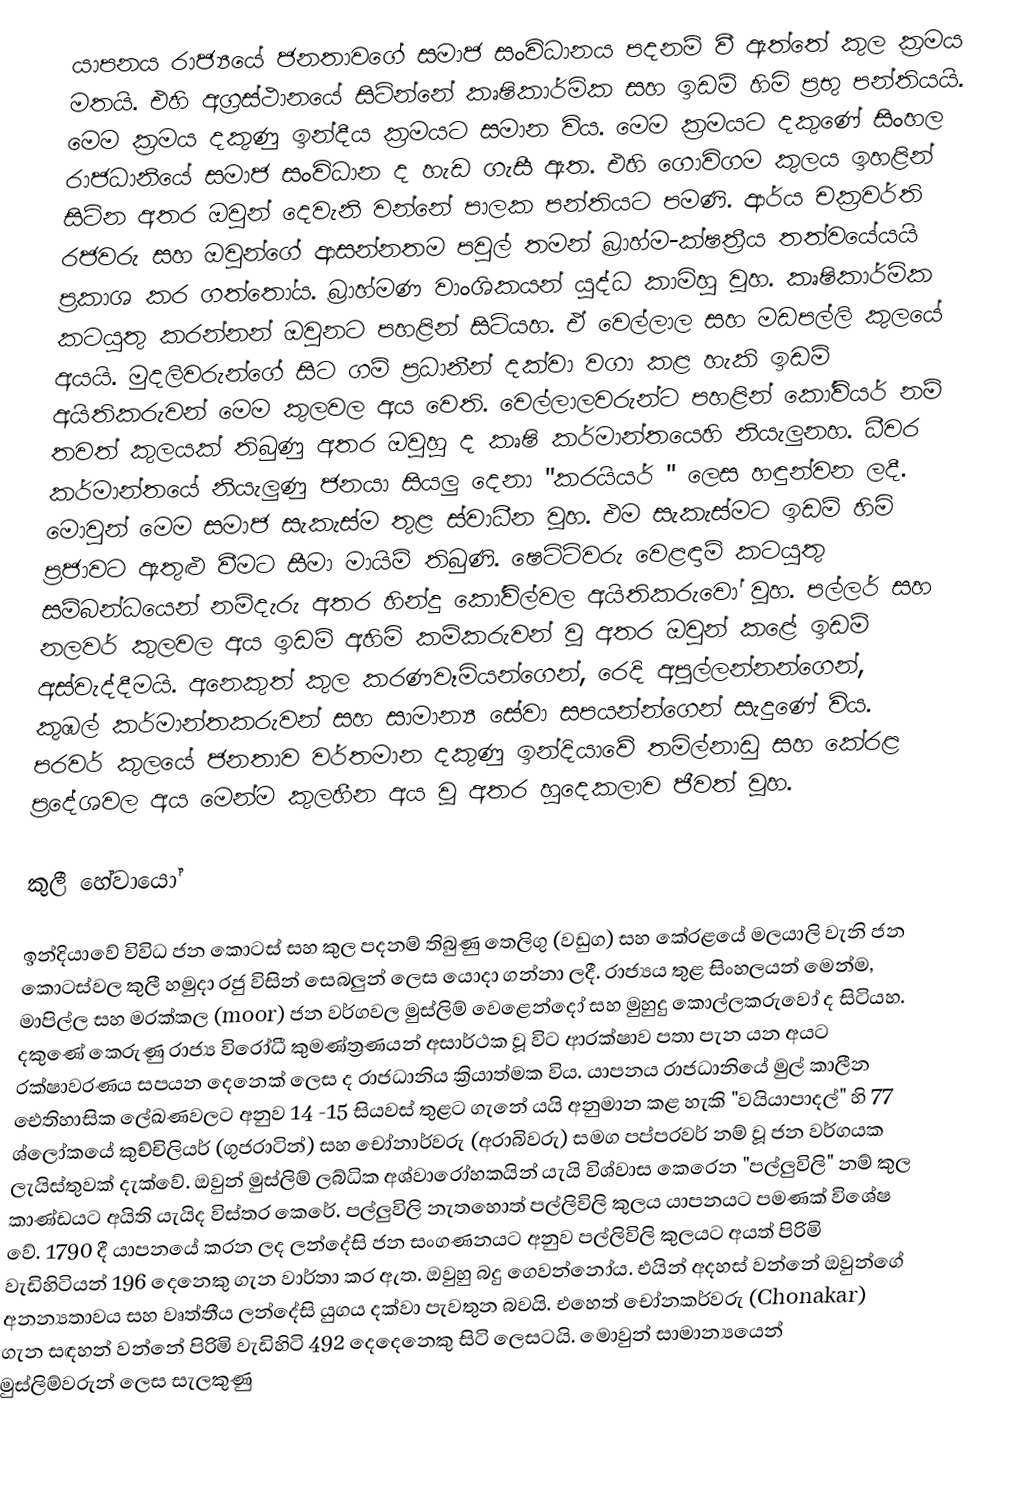
යාපනය රාජ්‍යයේ ජනතාවගේ සමාජ සංවිධානය පදනම් වී ඇත්තේ කුල ක්‍රමය මතයි. එහි අග්‍රස්ථානයේ සිටින්නේ කෘෂිකාර්මික සහ ඉඩම් හිමි ප්‍රභු පන්තියයි. මෙම ක්‍රමය දකුණු ඉන්දීය ක්‍රමයට සමාන විය. මෙම ක්‍රමයට දකුණේ සිංහල රාජධානියේ සමාජ සංවිධාන ද හැඩ ගැසී ඇත. එහි ගොවිගම කුලය ඉහළින් සිටින අතර ඔවුන් දෙවැනි වන්නේ පාලක පන්තියට පමණි. ආර්ය චක්‍රවර්ති රජවරු සහ ඔවුන්ගේ ආසන්නතම පවුල් තමන් බ්‍රාහ්ම-ක්ෂත්‍රීය තත්වයේයයි ප්‍රකාශ කර ගත්තෝය. බ්‍රාහ්මණ වාංශිකයන් යුද්ධ කාමිහු වූහ. කෘෂිකාර්මික කටයුතු කරන්නන් ඔවුනට පහළින් සිටියහ. ඒ වෙල්ලාල සහ මඩපල්ලි කුලයේ අයයි. මුදලිවරුන්ගේ සිට ගම් ප්‍රධානීන් දක්වා වගා කළ හැකි ඉඩම් අයිතිකරුවන් මෙම කුලවල අය වෙති. වෙල්ලාලවරුන්ට පහළින් කෝවියර් නම් තවත් කුලයක් තිබුණු අතර ඔවුහු ද කෘෂි කර්මාන්තයෙහි නියැලුනහ. ධීවර කර්මාන්තයේ නියැලුණු ජනයා සියලු දෙනා "කරයියර් " ලෙස හඳුන්වන ලදී. මොවුන් මෙම සමාජ සැකැස්ම තුළ ස්වාධීන වූහ. එම සැකැස්මට ඉඩම් හිමි ප්‍රජාවට ඇතුළු වීමට සීමා මායිම් තිබුණි. ෂෙට්ටිවරු වෙළඳාම් කටයුතු සම්බන්ධයෙන් නම්දැරු අතර හින්දු කෝවිල්වල අයිතිකරුවෝ වූහ. පල්ලර් සහ නලවර් කුලවල අය ඉඩම් අහිමි කම්කරුවන් වූ අතර ඔවුන් කළේ ඉඩම් අස්වැද්දීමයි. අනෙකුත් කුල කරණවෑමියන්ගෙන්, රෙදි අපුල්ලන්නන්ගෙන්, කුඹල් කර්මාන්තකරුවන් සහ සාමාන්‍ය සේවා සපයන්න්ගෙන් සැදුණේ විය. පරවර් කුලයේ ජනතාව වර්තමාන දකුණු ඉන්දියාවේ තමිල්නාඩු සහ කේරළ ප්‍රදේශවල අය මෙන්ම කුලහීන අය වූ අතර හුදෙකලාව ජීවත් වූහ.

කුලී හේවායෝ

ඉන්දියාවේ විවිධ ජන කොටස් සහ කුල පදනම් තිබුණු තෙලිගු (වඩුග) සහ කේරළයේ මලයාලි වැනි ජන කොටස්වල කුලී හමුදා රජු විසින් සෙබලුන් ලෙස යොදා ගන්නා ලදී. රාජ්‍යය තුළ සිංහලයන් මෙන්ම, මාපිල්ල සහ මරක්කල (moor) ජන වර්ගවල මුස්ලිම් වෙළෙන්දෝ සහ මුහුදු කොල්ලකරුවෝ ද සිටියහ. දකුණේ කෙරුණු රාජ්‍ය විරෝධී කුමණ්ත්‍රණයන් අසාර්ථක වූ විට ආරක්ෂාව පතා පැන යන අයට රක්ෂාවරණය සපයන දෙනෙක් ලෙස ද රාජධානිය ක්‍රියාත්මක විය. යාපනය රාජධානියේ මුල් කාලීන ඓතිහාසික ලේඛණවලට අනුව 14 -15 සියවස් තුළට ගැනේ යයි අනුමාන කළ හැකි "වයියාපාදල්" හි 77 ශ්ලෝකයේ කුච්චිලියර් (ගුජරාටින්) සහ චෝනාර්වරු (අරාබිවරු) සමග පප්පරවර් නම් වූ ජන වර්ගයක ලැයිස්තුවක් දැක්වේ. ඔවුන් මුස්ලිම් ලබ්ධික අශ්වාරෝහකයින් යැයි විශ්වාස කෙරෙන "පල්ලුවිලි" නම් කුල කාණ්ඩයට අයිති යැයිද විස්තර කෙරේ. පල්ලුවිලි නැතහොත් පල්ලිවිලි කුලය යාපනයට පමණක් විශේෂ වේ. 1790 දී යාපනයේ කරන ලද ලන්දේසි ජන සංගණනයට අනුව පල්ලිවිලි කුලයට අයත් පිරිමි වැඩිහිටියන් 196 දෙනෙකු ගැන වාර්තා කර ඇත. ඔවුහු බදු ගෙවන්නෝය. එයින් අදහස් වන්නේ ඔවුන්ගේ අනන්‍යතාවය සහ වෘත්තීය ලන්දේසි යුගය දක්වා පැවතුන බවයි. එහෙත් චෝනකර්වරු (Chonakar) ගැන සඳහන් වන්නේ පිරිමි වැඩිහිටි 492 දෙදෙනෙකු සිටි ලෙසටයි. මොවුන් සාමාන්‍යයෙන් මුස්ලිම්වරුන් ලෙස සැලකුණු